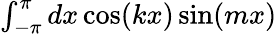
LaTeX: \begin{array}{r}{\int_{-\pi}^{\pi}dx\cos(kx)\sin(mx)}\end{array}